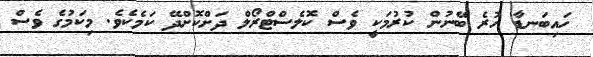
ހައިބަނޑާ ހުރެ ބޭނުން ކުރުމަކީ ވެސް ކޮލެސްޓްރޯލް ދަށްކޮށްދޭ ކަމެކެވެ. މިކަމުގެ ވެސް